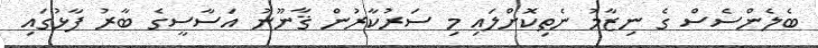
ބެލެންސެސް ގެ ނިޒާމު ނެތިކޮށްލައި މި ސަރުކާރުން ޤާނޫނު އަސާސީގެ ބާރު ފާޅުގައި